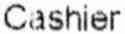
CASHIER